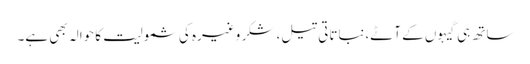
ساتھ ہی گیہوں کے آٹے،نباتاتی تیل، شکر وغیرہ کی شمولیت کا حوالہ بھی ہے۔